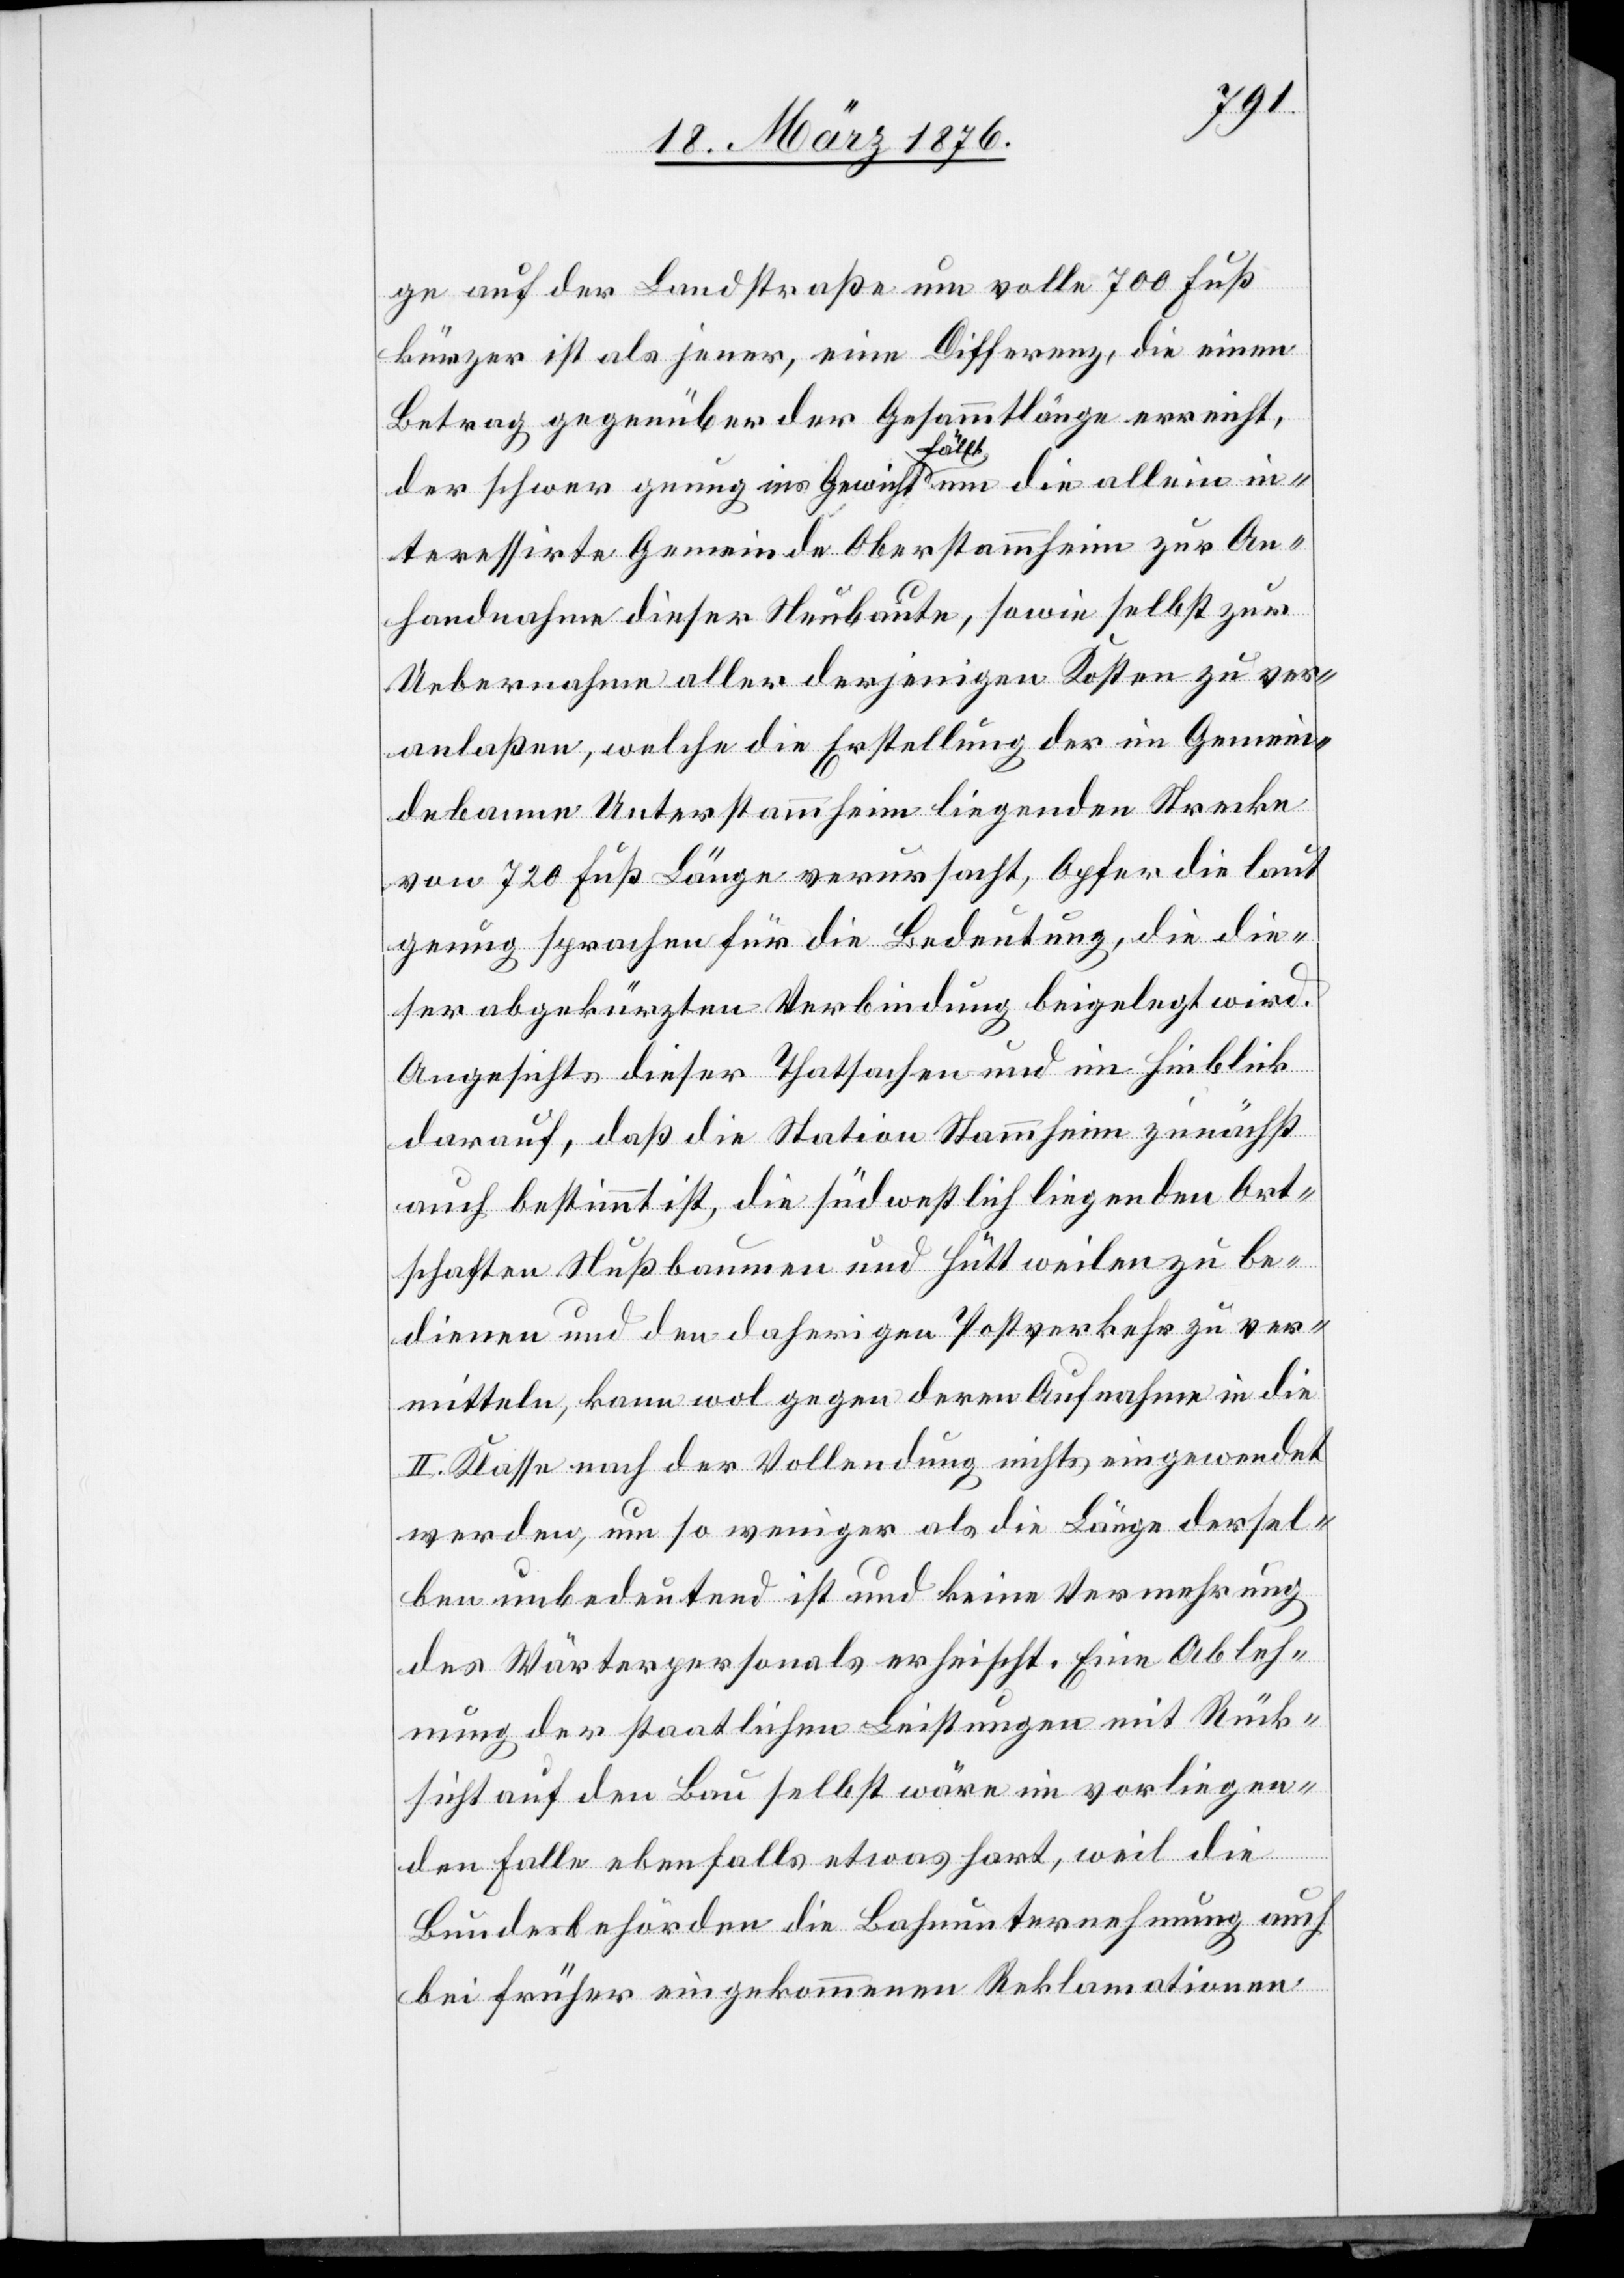
ge auf der Landstraße um volle 700 Fuß
kürzer ist als jener, eine Differenz, die einen
Betrag gegenüber der Gesammtlänge erreicht,
der schwer genug ins Gewicht fällt um die allein in¬
teressirte Gemeinde Oberstammheim zur An¬
handnahme dieser Neubaute, sowie selbst zur
Uebernahme aller derjenigen Kosten zu ver¬
anlaßen, welche die Erstellung der im Gemein¬
debanne Unterstammheim liegenden Strecke
von 720 Fuß Länge verursacht, Opfer die laut
genug sprechen für die Bedeutung, die die¬
ser abgekürzten Verbindung beigelegt wird.
Angesichts dieser Thatsachen und im Hinblick
darauf, daß die Station Stammheim zunächst
auch bestimmt ist, die südwestlich liegenden Ort¬
schaften Nußbaumen und Hüttweilen zu be¬
dienen und den daherigen Postverkehr zu ver¬
mitteln, kann wol gegen deren Aufnahme in die
II. Klasse nach der Vollendung nichts eingewendet
werden, um so weniger als die Länge dersel¬
ben unbedeutend ist und keine Vermehrung
des Wärterpersonals erheischt. Eine Ableh¬
nung der staatlichen Leistungen mit Rück¬
sicht auf den Bau selbst wäre im vorliegen¬
den Falle ebenfalls etwas hart, weil die
Bundesbehörden die Bahnunternehmung auch
bei früher eingekommenen Reklamationen